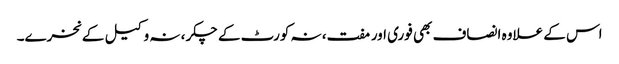
اس کے علاوہ انصاف بھی فوری اور مفت، نہ کورٹ کے چکر، نہ وکیل کے نخرے۔